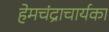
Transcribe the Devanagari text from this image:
हेमचंद्राचार्यका